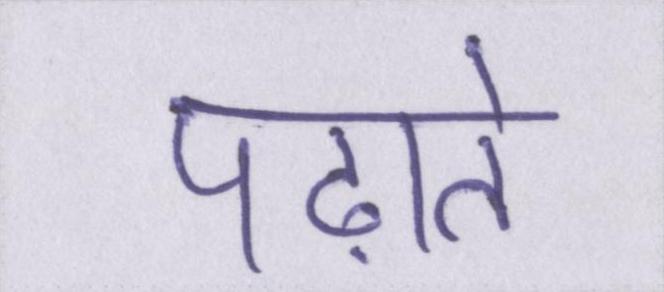
पढ़ाते